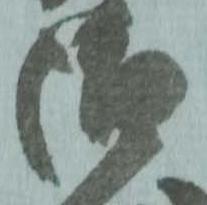
御